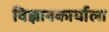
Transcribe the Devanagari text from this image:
विज्ञानकार्याला